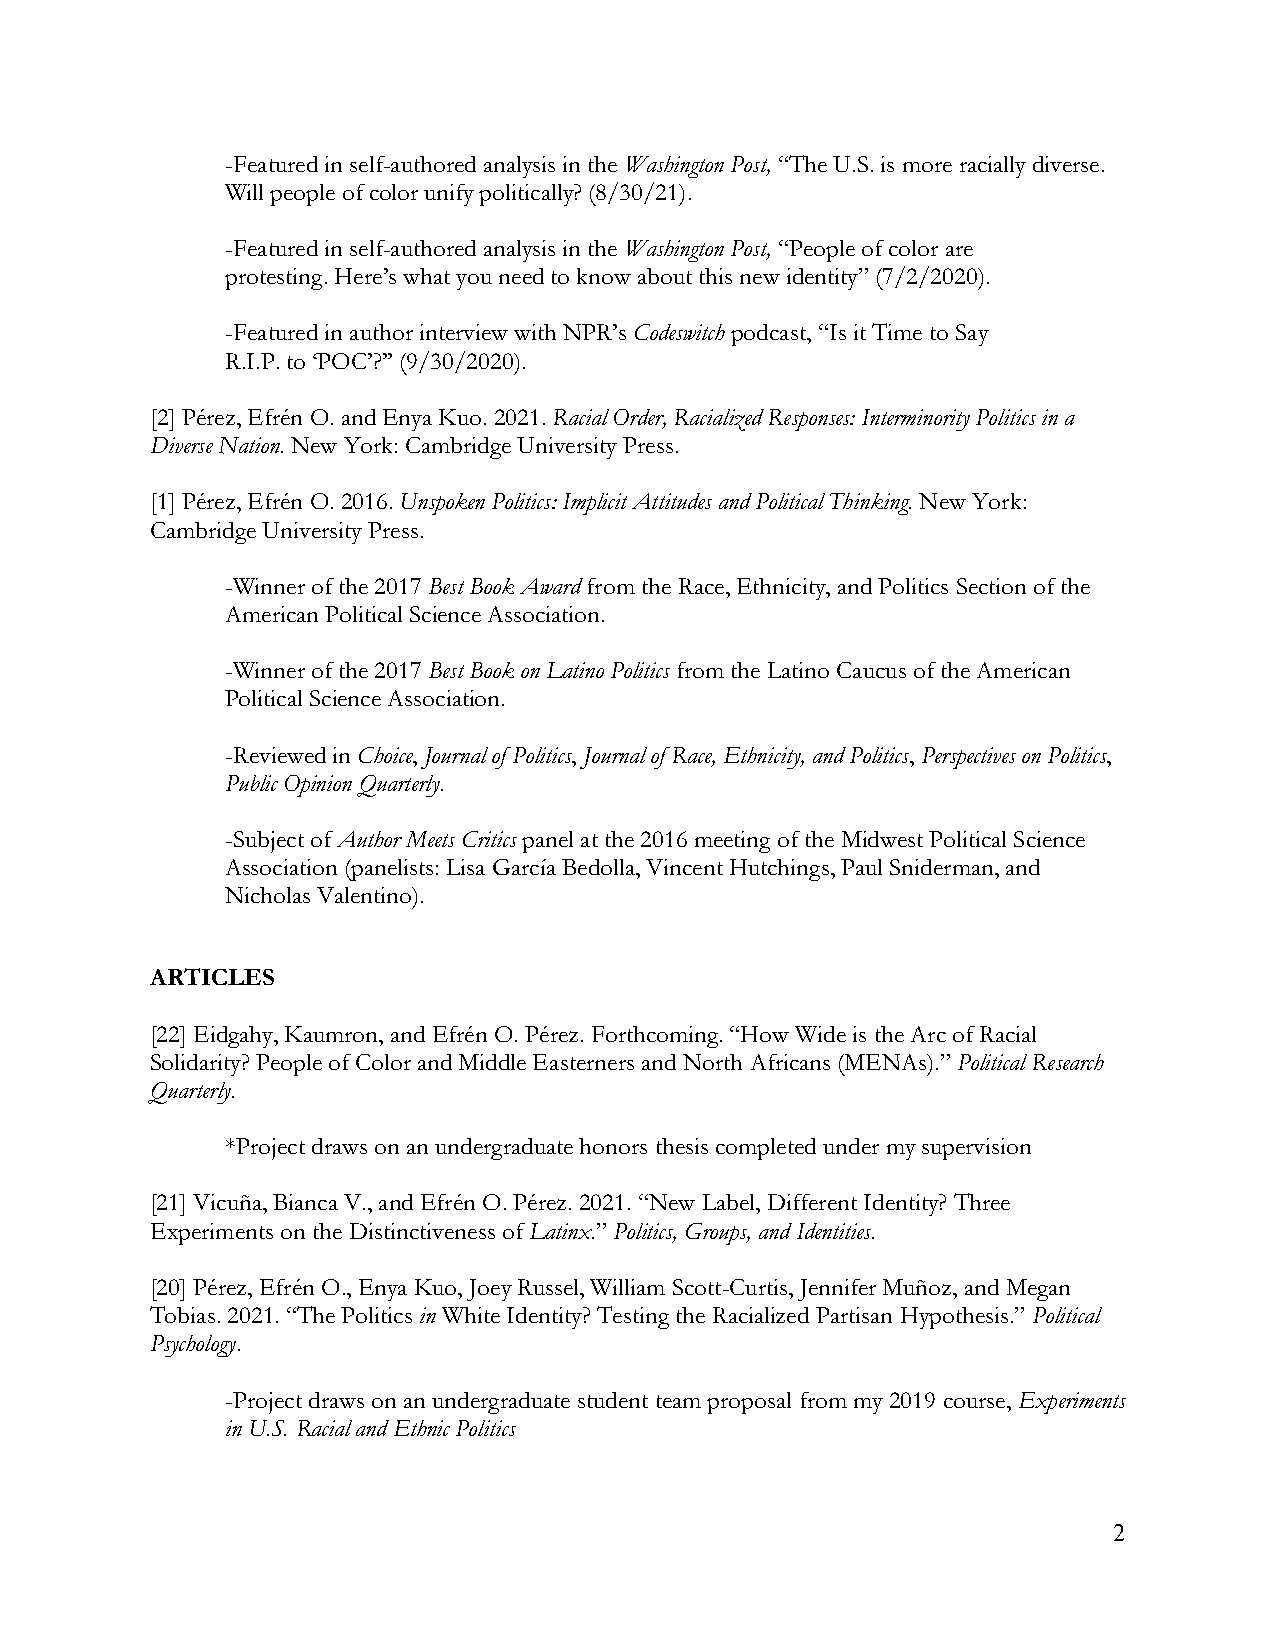
-Featured in self-authored analysis in the Washington Post, “The U.S. is more racially diverse.
 Will people of color unify politically? (8/30/21).
 -Featured in self-authored analysis in the Washington Post, “People of color are
 protesting. Here’s what you need to know about this new identity” (7/2/2020).
 -Featured in author interview with NPR’s Codeswitch podcast, “Is it Time to Say
 R.I.P. to ‘POC’?’’ (9/30/2020).
 [2] Pérez, Efrén O. and Enya Kuo. 2021. Racial Order, Racialized Responses: Interminority Politics in a
 Diverse Nation. New York: Cambridge University Press.
 [1] Pérez, Efrén O. 2016. Unspoken Politics: Implicit Attitudes and Political Thinking. New York:
 Cambridge University Press.
 -Winner of the 2017 Best Book Award from the Race, Ethnicity, and Politics Section of the
 American Political Science Association.
 -Winner of the 2017 Best Book on Latino Politics from the Latino Caucus of the American
 Political Science Association.
 -Reviewed in Choice, Journal of Politics, Journal of Race, Ethnicity, and Politics, Perspectives on Politics,
 Public Opinion Quarterly.
 -Subject of Author Meets Critics panel at the 2016 meeting of the Midwest Political Science
 Association (panelists: Lisa García Bedolla, Vincent Hutchings, Paul Sniderman, and
 Nicholas Valentino).
 ARTICLES
 [22] Eidgahy, Kaumron, and Efrén O. Pérez. Forthcoming. “How Wide is the Arc of Racial
 Solidarity? People of Color and Middle Easterners and North Africans (MENAs).” Political Research
 Quarterly.
 *Project draws on an undergraduate honors thesis completed under my supervision
 [21] Vicuña, Bianca V., and Efrén O. Pérez. 2021. “New Label, Different Identity? Three
 Experiments on the Distinctiveness of Latinx.” Politics, Groups, and Identities.
 [20] Pérez, Efrén O., Enya Kuo, Joey Russel, William Scott-Curtis, Jennifer Muñoz, and Megan
 Tobias. 2021. “The Politics in White Identity? Testing the Racialized Partisan Hypothesis.” Political
 Psychology.
 -Project draws on an undergraduate student team proposal from my 2019 course, Experiments
 in U.S. Racial and Ethnic Politics
 2